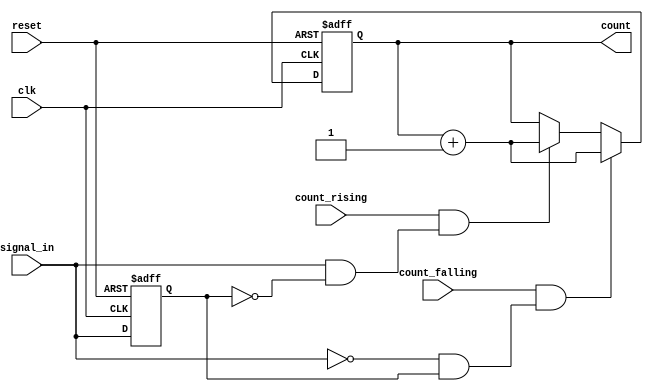
module edge_counter (
    input wire clk,            // Clock signal
    input wire reset,          // Active-high asynchronous reset
    input wire signal_in,      // Input signal for edge detection
    input wire count_rising,   // Control signal to count rising edges
    input wire count_falling,  // Control signal to count falling edges
    output reg [15:0] count    // 16-bit binary output for the count
);

    reg signal_in_prev;        // Previous value of signal_in

    // Asynchronous reset and edge detection logic
    always @(posedge clk or posedge reset) begin
        if (reset) begin
            count <= 16'b0;     // Reset count to zero
            signal_in_prev <= 1'b0; // Initialize previous signal state
        end else begin
            // Edge detection logic
            if (count_rising && (signal_in && !signal_in_prev)) begin
                count <= count + 1; // Increment count on rising edge
            end
            if (count_falling && (!signal_in && signal_in_prev)) begin
                count <= count + 1; // Increment count on falling edge
            end
            
            // Update previous signal state
            signal_in_prev <= signal_in;
        end
    end

endmodule